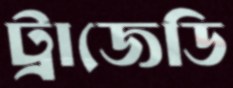
ট্রাজেডি